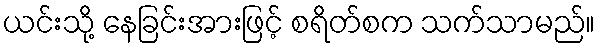
ယင်းသို့ နေခြင်းအားဖြင့် စရိတ်စက သက်သာမည်။